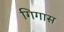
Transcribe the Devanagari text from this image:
गिगास